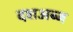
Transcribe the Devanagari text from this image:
दशअब्ज